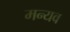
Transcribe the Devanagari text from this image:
मन्यव